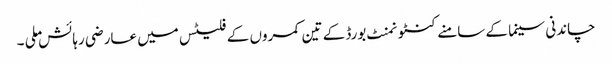
چاندنی سینما کے سامنے کنٹونمنٹ بورڈ کے تین کمروں کے فلیٹس میں عارضی رہائش ملی ۔